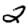
Digit: 2